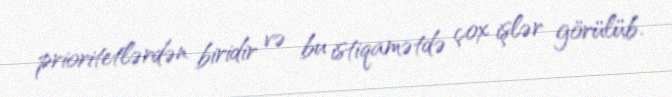
prioritetlərdən biridir və bu istiqamətdə çox işlər görülüb.